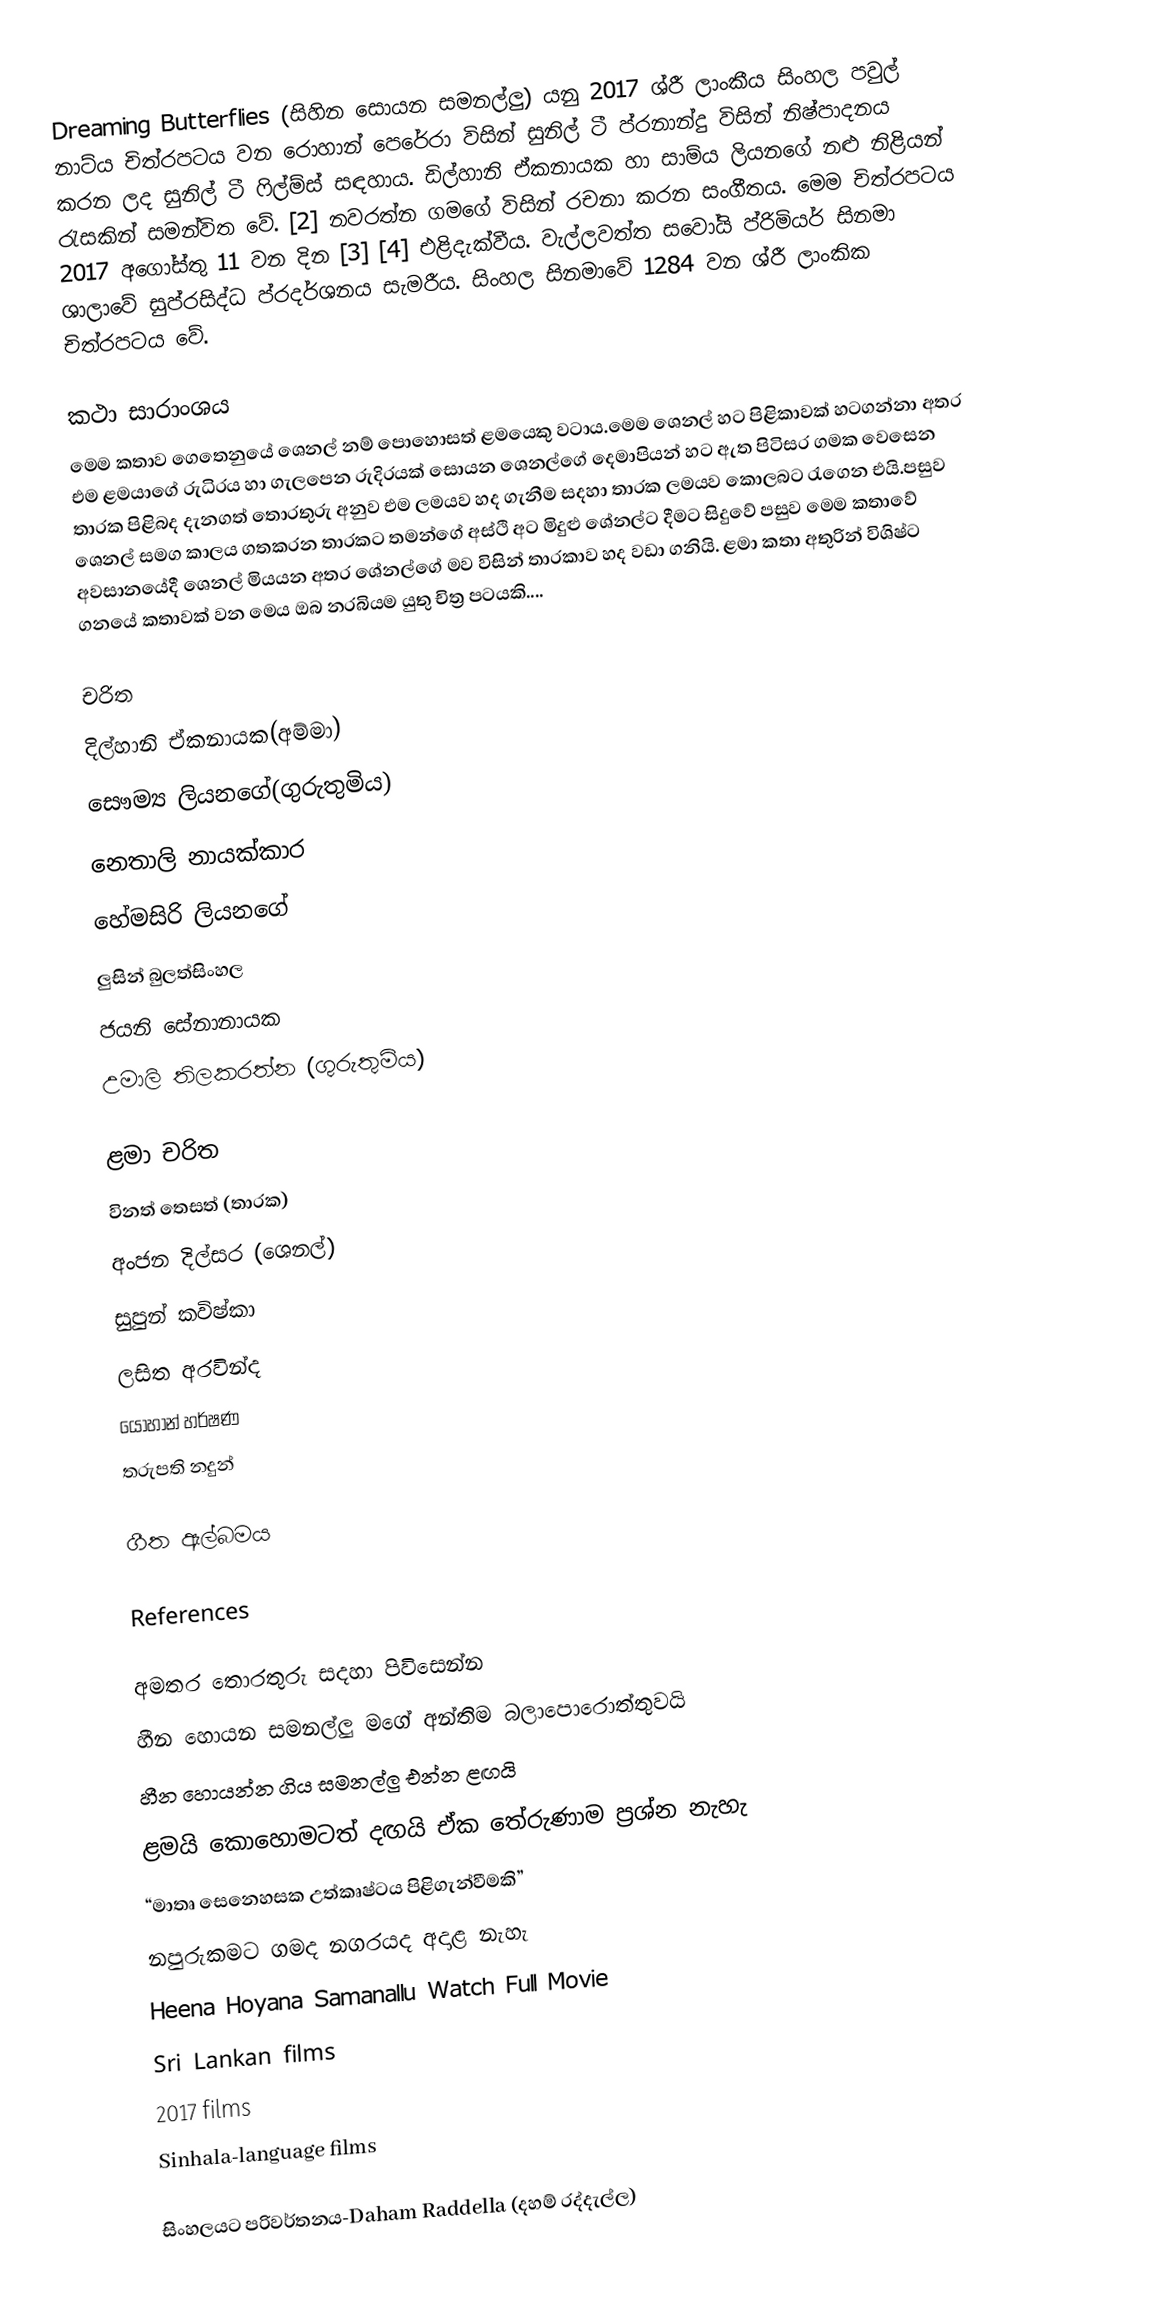
Dreaming Butterflies (සිහින සොයන සමනල්ලු) යනු 2017 ශ්රී ලාංකීය සිංහල පවුල් නාට්ය චිත්රපටය වන රොහාන් පෙරේරා විසින් සුනිල් ටී ප්රනාන්දු විසින් නිෂ්පාදනය කරන ලද සුනිල් ටී ෆිල්ම්ස් සඳහාය. ඩිල්හානි ඒකනායක හා සාම්ය ලියනගේ නළු නිළියන් රැසකින් සමන්විත වේ. [2] නවරත්න ගමගේ විසින් රචනා කරන සංගීතය. මෙම චිත්රපටය 2017 අගෝස්තු 11 වන දින [3] [4] එළිදැක්වීය. වැල්ලවත්ත සවෝයි ප්රිමියර් සිනමා ශාලාවේ සුප්රසිද්ධ ප්රදර්ශනය සැමරීය. සිංහල සිනමාවේ 1284 වන ශ්රී ලාංකික චිත්රපටය වේ.

කථා සාරාංශය
මෙම කතාව ගෙතෙනුයේ ශෙනල් නම් පොහොසත් ළමයෙකු වටාය.මෙම ශෙනල් හට පිළිකාවක් හටගන්නා අතර එම ළමයාගේ රුධිරය හා ගැලපෙන රුදිරයක් සොයන ශෙනල්ගේ දෙමාපියන් හට ඇත පිටිසර ගමක වෙසෙන තාරක පිළිබද දැනගත් තොරතුරු අනුව එම ලමයව හද ගැනීම සදහා තාරක ලමයව කොලබට රැගෙන එයි.පසුව ශෙනල් සමග කාලය ගතකරන තාරකට තමන්ගේ අස්ථි අට මිදුළු ශේනල්ට දීමට සිදුවේ පසුව මෙම කතාවේ අවසානයේදී ශෙනල් මියයන අතර ශේනල්ගේ මව විසින් තාරකාව හද වඩා ගනියි. ළමා කතා අතුරින් විශිෂ්ට ගනයේ කතාවක් වන මෙය ඔබ නරබියම යුතු චිත්‍ර පටයකි....

චරිත
 දිල්හානි ඒකනායක(අම්මා)
  සෞම්‍ය ලියනගේ(ගුරුතුමිය)
 නෙතාලි නායක්කාර
 හේමසිරි ලියනගේ
 ලුසින් බුලත්සිංහල
 ජයනි සේනානායක
 උමාලි තිලකරත්න (ගුරුතුමිය)

ළමා චරිත
 විනත් තෙසත් (තාරක)
 අංජන දිල්සර (ශෙනල්)
 සුපුන් කවිෂ්කා
 ලසිත අරවින්ද
යොහාන් හර්ෂණ
 තරුපති නදුන්

ගීත ඇල්බමය

References

අමතර තොරතුරු සදහා පිවිසෙන්න
 හීන හොයන සමනල්ලු මගේ අන්තිම බලාපොරොත්තුවයි
 හීන හොයන්න ගිය සමනල්ලු එන්න ළඟයි
 ළමයි කොහොමටත් දඟයි ඒක තේරුණාම ප්‍රශ්න නැහැ
 “මාතෘ සෙනෙහසක උත්කෘෂ්ටය පිළිගැන්වීමකි”
 නපුරුකමට ගමද නගරයද අදාළ නැහැ
 Heena Hoyana Samanallu Watch Full Movie
Sri Lankan films
2017 films
Sinhala-language films

සිංහලයට පරිවර්තනය-Daham Raddella (දහම් රද්දැල්ල)